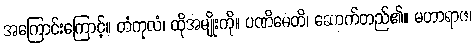
အကြောင်းကြောင့်။ တံကုလံ၊ ထိုအမျိုးကို။ ပဏိဓေတိ၊ ဆောက်တည်၏။ မဟာရာဇ၊